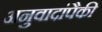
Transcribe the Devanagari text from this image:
अनुवादांपैकी